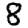
Digit: 8